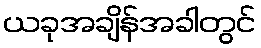
ယခုအချိန်အခါတွင်